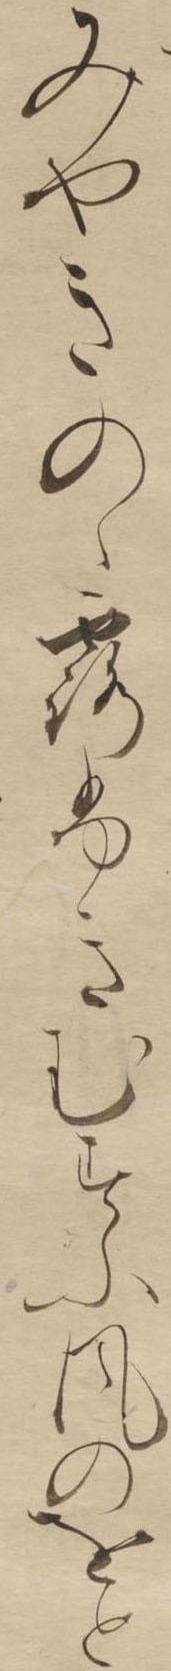
みやきのゝ露ふきむすふ風のをと